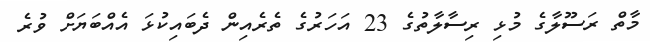
މާތް ރަސޫލާގެ މުޅި ރިސާލާތުގެ 23 އަހަރުގެ ތެރެއިން ދެބައިކުޅަ އެއްބަޔަށް ވުރެ